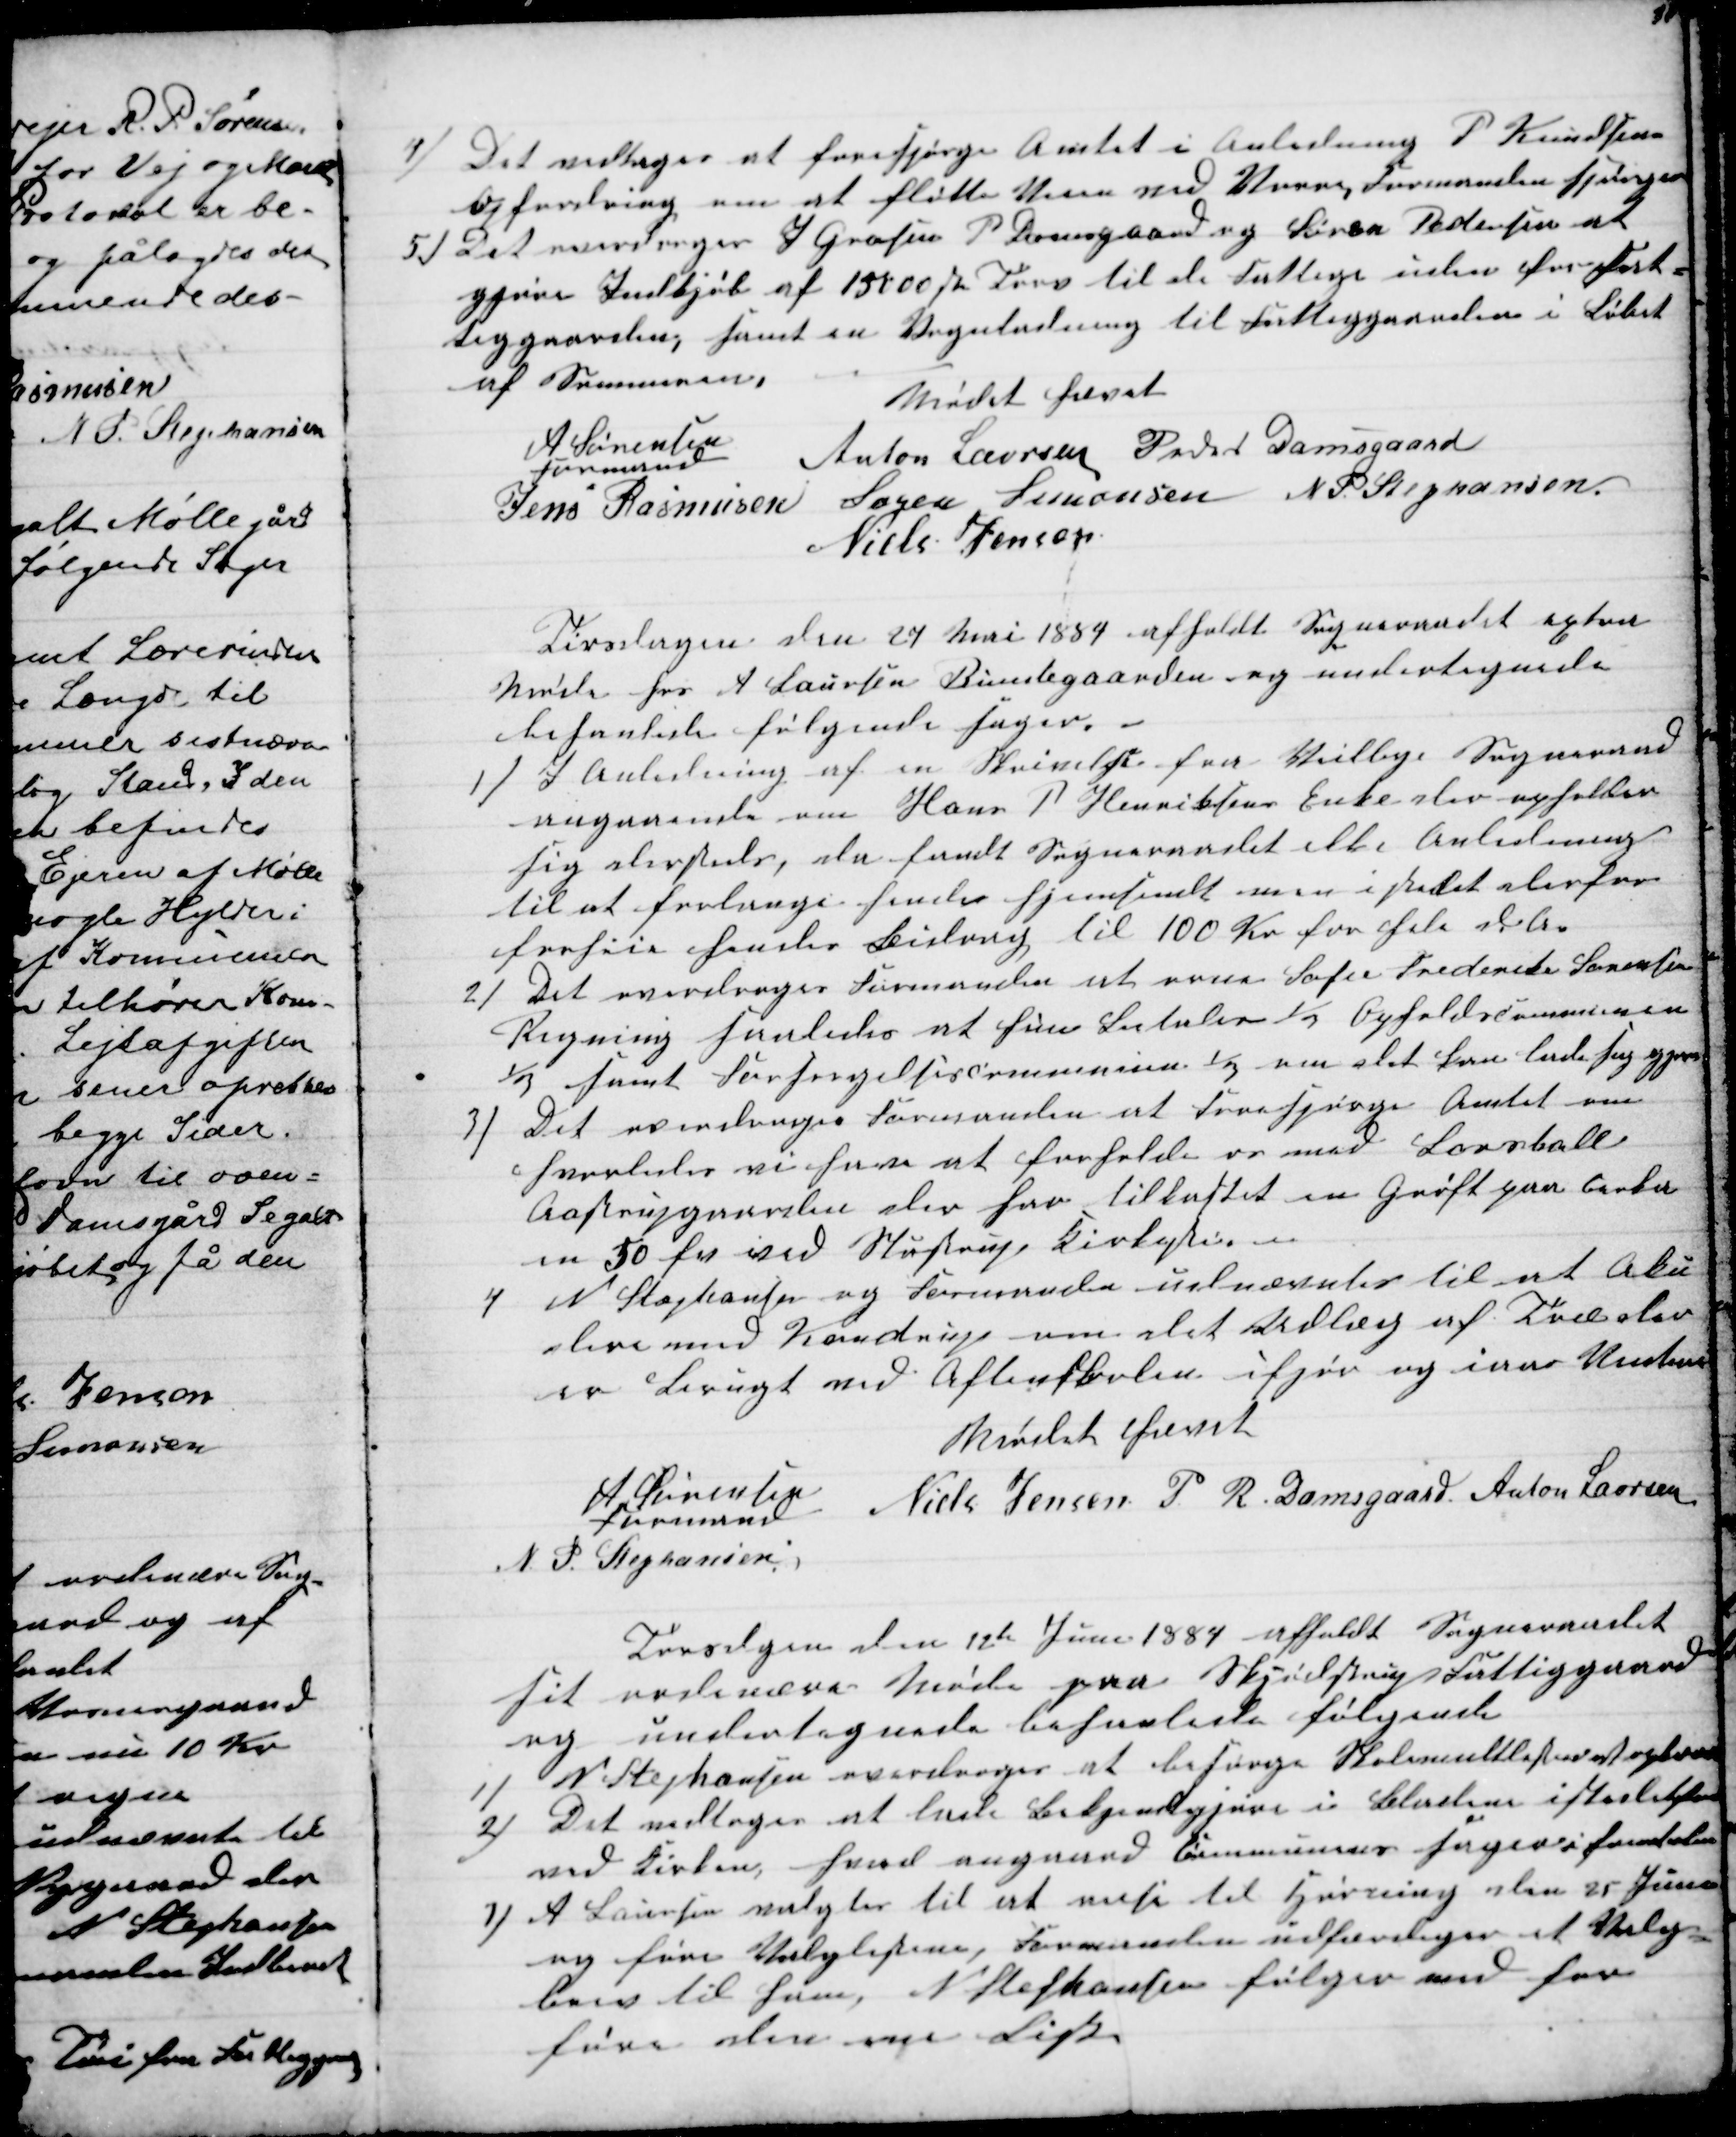
Transskription:
4)
Det vedtoges at forespørge Amtet i Anledning P. Knudsens
Opfordring om at fløtte Veien ved Vorre, Formanden spørger
5) Det overdroges J. Grosen P Damsgaard og Søren Pedersen at
gjøre Indkjøb af 15000 stk Tørv til de Fattige uden for Fat-
tiggaarden, samt en Vognladning til Fattiggaarden i Løbet
af Sommeren.
Mødet hævet
A Sørensen
formand
Anton Laursen Peder Damsgaard
Jens Rasmusen Søren Simonsen N. P. Stephansen
Niels Jensen
Tirsdagen den 27 Mai 1884 afholdt Sogneraadet extra
Møde hos A Laursen Bundegaarden og undertegnede
behanlede følgende sager.
1)  
I Anledning af en Skrivelse fra Veilbye Sogneraad
angaaende om Hans P Henriksens Enke der opholder
sig dersteds, da fandt Sogneraadet ikke Anledning
til at forlange hende hjemsendt men istedet derfor
forhøie hendes Bidrag til 100 Kr for hele d.A.
2)
Det overdroges Formanden at orne Sofie Frederike Sørensen
Regning saaledes at hun betaler ⅓ Opholdscommunen
⅓ samt Forsørgelsescommunen ⅓ om det kan lade sig gjøre
3)
Det overdroges Formanden at forespørge Amtet om
hvorledes vi har at forholde os med Besballe
Aastrupgaarden der har tilkastet en Grøft paa cirka
en 50 fv ved Stustrup Kirkesti. 
4 
N Stephansen og Formanden udnævntes til at Aku
dere med Kondrup om det Udlæg af Træ der
er Brugt ved Aftenskolen ifjor og iaar Vinter
Mødet hævet
A. Sørensen
Formand
Niels Jensen P. R. Damsgaard Anton Laursen
N. P. Stephansen
Torsdagen den 12te Juni 1884 afholdt Sogneraadet
sit ordinære Møde paa Skjødstrup Fattiggaard
og undertegnede behanlede følgende
1)
N. Stephansen overdroges at besørge Skolemultlisterne at opkræve
2)
Det vedtoges at lade Bekjendegjøre i Bladene istedetfor
ved Kirken, hvad angaard Communens sager i fremtiden
3) 
A Laursen valgtes til et reise til Hørning den 25 Juni
og føre Valglistene, Formanden udfærdiger et Valg-
brev til ham, N. Stephansen følger med for
fører den nye Liste